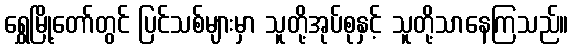
ရွှေမြို့တော်တွင် ပြင်သစ်များမှာ သူတို့အုပ်စုနှင့် သူတို့သာနေကြသည်။